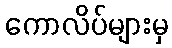
ကောလိပ်များမှ